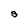
Character: S